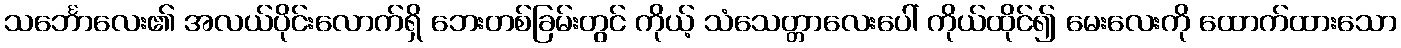
သင်္ဘောလေး၏ အလယ်ပိုင်းလောက်ရှိ ဘေးတစ်ခြမ်းတွင် ကိုယ့် သံသေတ္တာလေးပေါ် ကိုယ်ထိုင်၍ မေးလေးကို ထောက်ထားသော